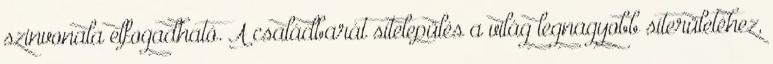
szinvonala elfogadható. A családbarát sítelepülés a világ legnagyobb síterületéhez,